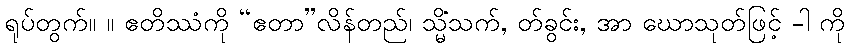
ရုပ်တွက်။ ။ ဧတိဿံကို “ဧတာ”လိန်တည်၊ သ္မိံသက်, တ်ခွင်း, အာ ဃောသုတ်ဖြင့် -ါ ကို